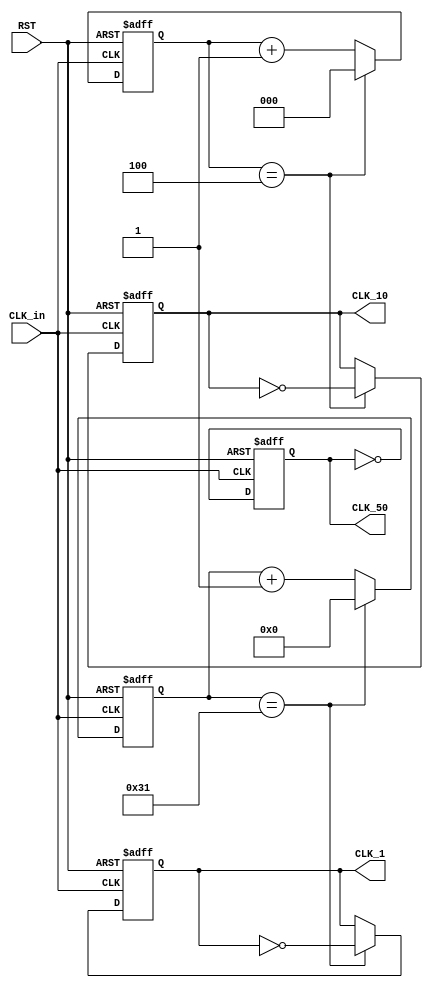
module freq_div (
  input CLK_in,
  input RST,
  output reg CLK_50,
  output reg CLK_10,
  output reg CLK_1
);

  reg [2:0] cnt_10;
  reg [5:0] cnt_100;
  
  always @(posedge CLK_in or negedge RST) begin
    if (~RST) begin
      CLK_50 <= 1'b0;
      CLK_10 <= 1'b0;
      CLK_1 <= 1'b0;
      cnt_10 <= 3'b0;
      cnt_100 <= 6'b0;
    end
    else begin
      // CLK_50 generation
      CLK_50 <= ~CLK_50;
      
      // CLK_10 generation
      if (cnt_10 == 3'b100) begin
        CLK_10 <= ~CLK_10;
        cnt_10 <= 3'b0;
      end
      else begin
        cnt_10 <= cnt_10 + 1;
      end
      
      // CLK_1 generation
      if (cnt_100 == 6'b110001) begin
        CLK_1 <= ~CLK_1;
        cnt_100 <= 6'b0;
      end
      else begin
        cnt_100 <= cnt_100 + 1;
      end
    end
  end
endmodule